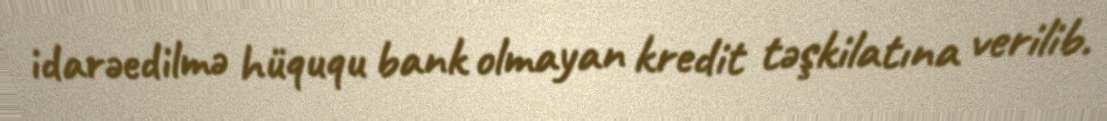
idarəedilmə hüququ bank olmayan kredit təşkilatına verilib.